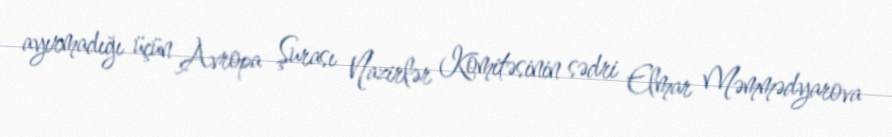
ayırmadığı üçün Avropa Şurası Nazirlər Komitəsinin sədri Elmar Məmmədyarova